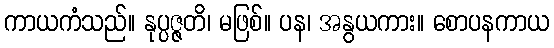
ကာယကံသည်။ နုပ္ပဇ္ဇတိ၊ မဖြစ်။ ပန၊ အနွယကား။ စောပနကာယ